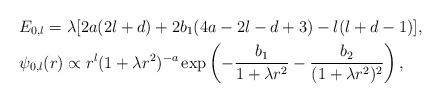
LaTeX: \begin{align*} &E_{0,l} = \lambda [2a(2l+d) + 2b_1(4a-2l-d+3) - l(l+d-1)], \\ &\psi_{0,l}(r) \propto r^l (1+\lambda r^2)^{-a} \exp\left(- \frac{b_1}{1+\lambda r^2} - \frac{b_2}{(1+\lambda r^2)^2}\right),\end{align*}